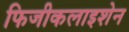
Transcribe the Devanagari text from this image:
फिजीकलाइशेन